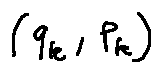
( q _ { k } , p _ { k } )